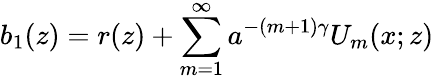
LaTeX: b_{1}(z)=r(z)+\sum_{m=1}^{\infty}a^{-(m+1)\gamma}U_{m}(x;z)